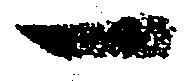
一